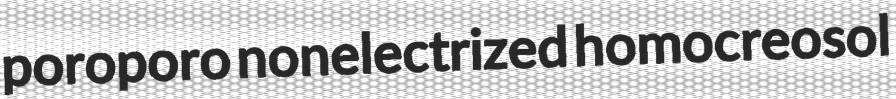
poroporo nonelectrized homocreosol